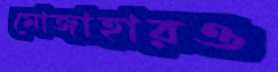
মোজাহারও